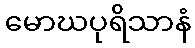
မောဃပုရိသာနံ